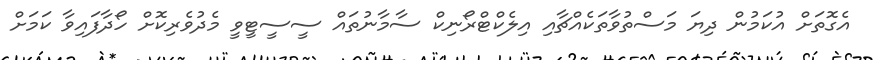
އެގޮތަށް އުކަމުން ދިޔަ މަސްތުވާތަކެއްޗާއި އިލެކްޓްރޯނިކް ސާމާނުތައް ސީސީޓީވީ މެދުވެރިކޮށް ހޯދާފައިވާ ކަމަށް